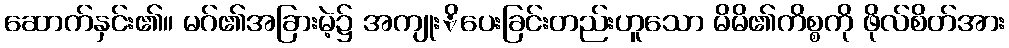
ဆောက်နှင်း၏။ မဂ်၏အခြားမဲ့၌ အကျုးိပေးခြင်းတည်းဟူသော မိမိ၏ကိစ္စကို ဖိုလ်စိတ်အား